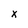
Character: X